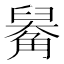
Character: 𧤑